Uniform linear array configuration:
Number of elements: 8
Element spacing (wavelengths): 0.5
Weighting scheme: cosine
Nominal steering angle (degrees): -30
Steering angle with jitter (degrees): -30.495
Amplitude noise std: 0.05
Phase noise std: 0.05

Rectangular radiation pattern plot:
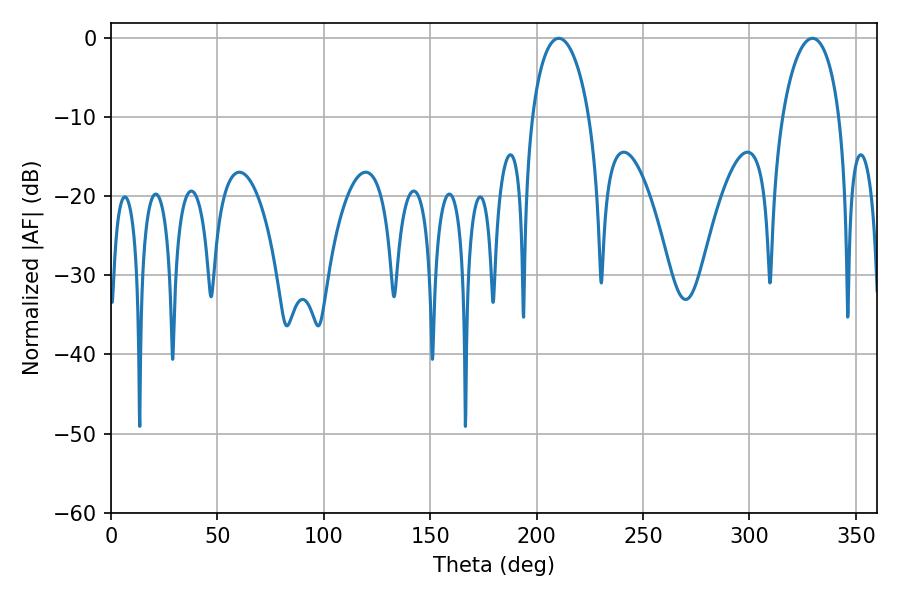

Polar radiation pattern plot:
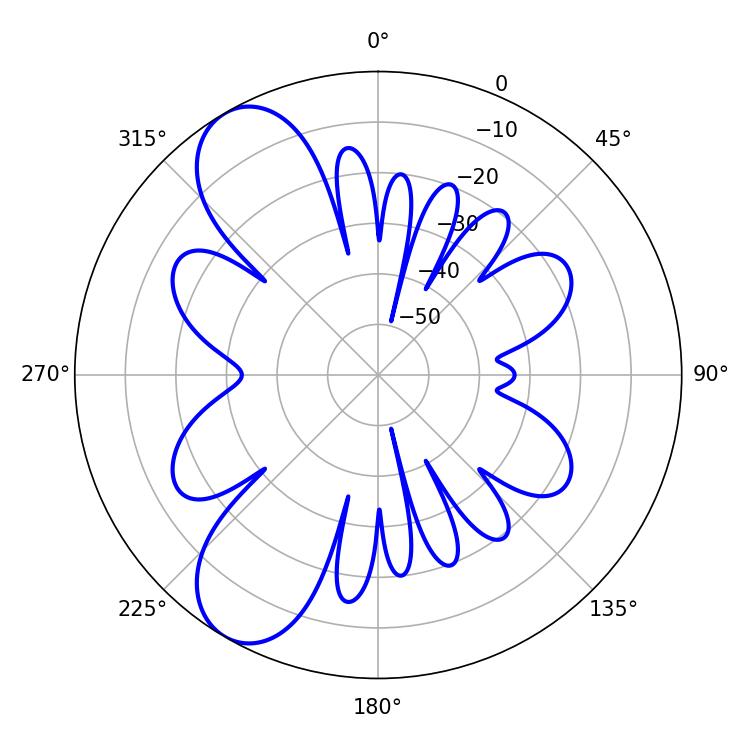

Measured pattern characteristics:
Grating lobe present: FALSE
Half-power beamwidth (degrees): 15.3
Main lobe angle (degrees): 210.42